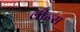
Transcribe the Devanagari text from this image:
वीन्स